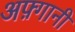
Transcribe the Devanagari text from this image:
अफ़्गानी